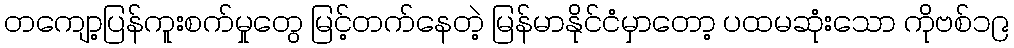
တကျော့ပြန်ကူးစက်မှုတွေ မြင့်တက်နေတဲ့ မြန်မာနိုင်ငံမှာတော့ ပထမဆုံးသော ကိုဗစ်၁၉